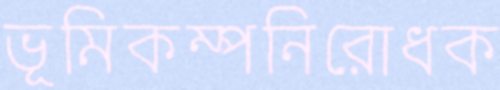
ভূমিকম্পনিরোধক